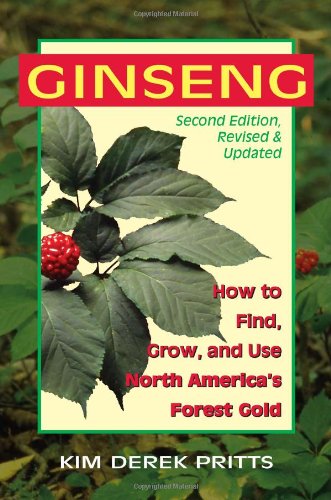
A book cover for Ginseng: How to Find, Grow, and Use North America's Forest Gold, 2nd Edition; Kim Derek Pritts; Crafts, Hobbies & Home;